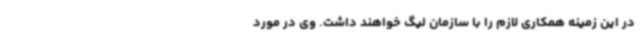
در این زمینه همکاری لازم را با سازمان لیگ خواهند داشت. وی در مورد